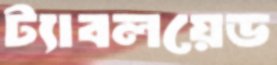
ট্যাবলয়েড